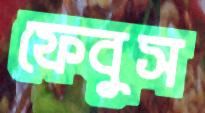
ফেবুস